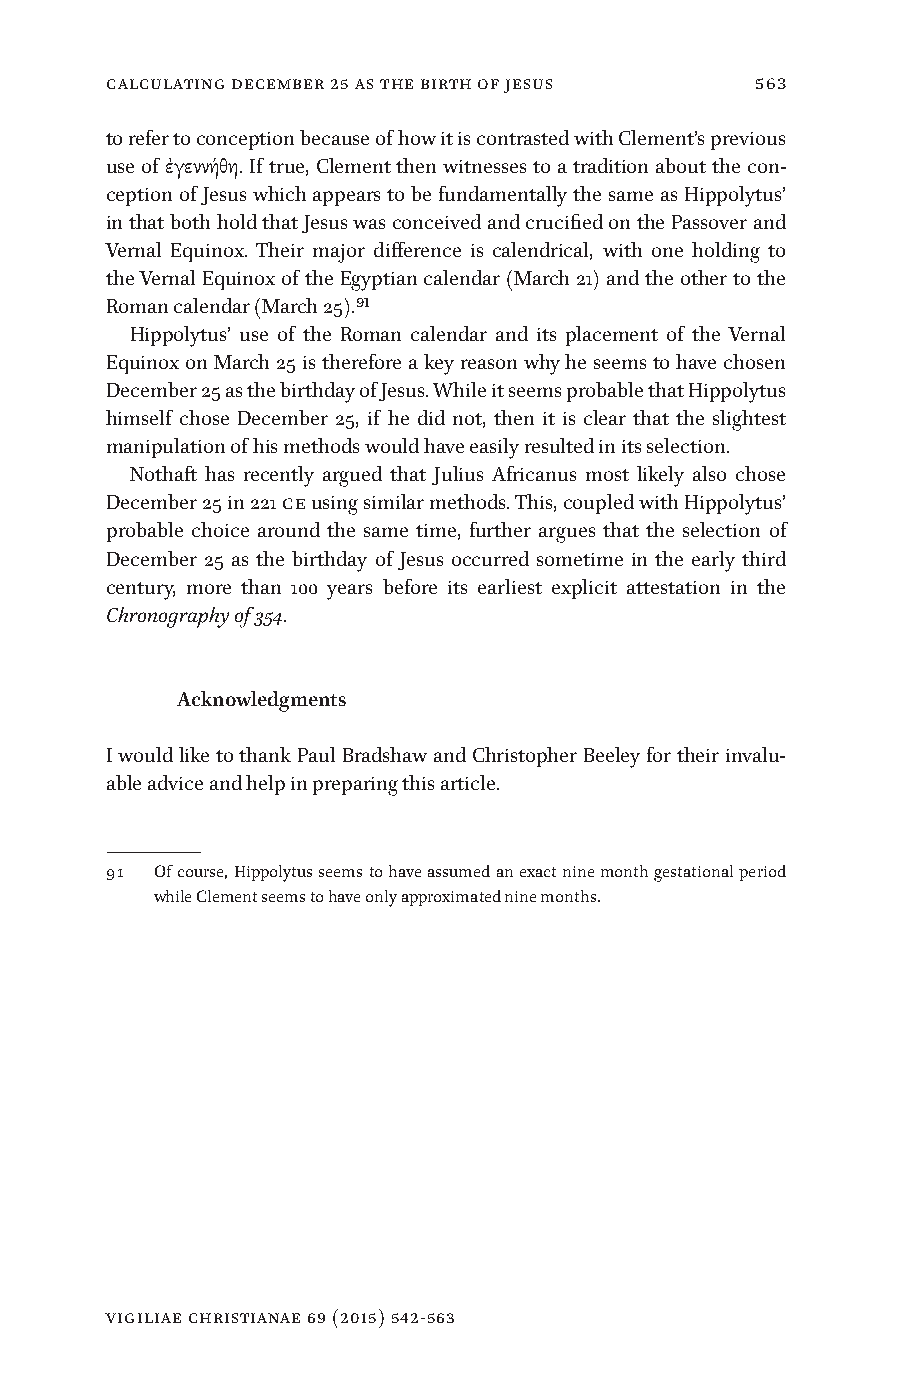
Calculating December 25 as the Birth of Jesus 563
 to refer to conception because of how it is contrasted with Clement’s previous
 use of ἐγεννήθη. If true, Clement then witnesses to a tradition about the con-
 ception of Jesus which appears to be fundamentally the same as Hippolytus’
 in that both hold that Jesus was conceived and crucified on the Passover and
 Vernal Equinox. Their major difference is calendrical, with one holding to
 the Vernal Equinox of the Egyptian calendar (March 21) and the other to the
 Roman calendar (March 25).91
 Hippolytus’ use of the Roman calendar and its placement of the Vernal
 Equinox on March 25 is therefore a key reason why he seems to have chosen
 December 25 as the birthday of Jesus. While it seems probable that Hippolytus
 himself chose December 25, if he did not, then it is clear that the slightest
 manipulation of his methods would have easily resulted in its selection.
 Nothaft has recently argued that Julius Africanus most likely also chose
 December 25 in 221 CE using similar methods. This, coupled with Hippolytus’
 probable choice around the same time, further argues that the selection of
 December 25 as the birthday of Jesus occurred sometime in the early third
 century, more than 100 years before its earliest explicit attestation in the
 Chronography of 354.
 Acknowledgments
 I would like to thank Paul Bradshaw and Christopher Beeley for their invalu-
 able advice and help in preparing this article.
 91 Of course, Hippolytus seems to have assumed an exact nine month gestational period
 while Clement seems to have only approximated nine months.
 vigiliae christianae 69 (2015) 542-563